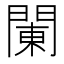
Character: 䦨